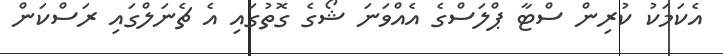
އެކަމަކު ކުރިން ސްޓާ ޕްލަސްގެ އެއްވަނަ ޝޯގެ ގޮތުގައި އެ ޗެނަލްގައި ރަސްކަން